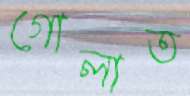
গোলাত